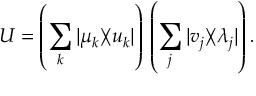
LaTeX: U = \left( \sum _ { k } | \mu _ { k } \rangle \! \langle u _ { k } | \right) \, \left( \sum _ { j } | v _ { j } \rangle \! \langle \lambda _ { j } | \right) .